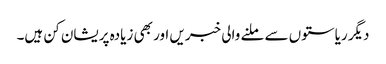
دیگر ریاستوں سے ملنے والی خبریں اور بھی زیادہ پریشان کن ہیں۔